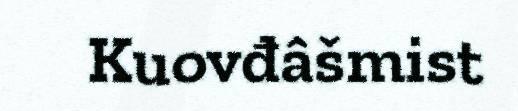
Kuovđâšmist